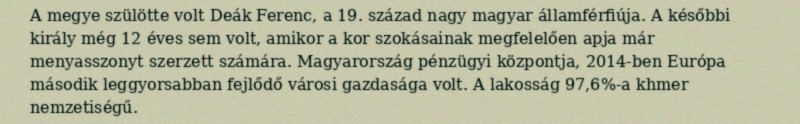
A megye szülötte volt Deák Ferenc, a 19. század nagy magyar államférfiúja. A későbbi király még 12 éves sem volt, amikor a kor szokásainak megfelelően apja már menyasszonyt szerzett számára. Magyarország pénzügyi központja, 2014-ben Európa második leggyorsabban fejlődő városi gazdasága volt. A lakosság 97,6%-a khmer nemzetiségű.